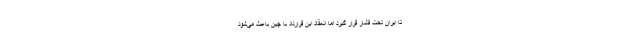
تا ایران تحت فشار قرار گیرد اما انعقاد این قرارداد با چین باعث می‌شود